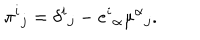
\pi ^ { i } { } _ { j } = \delta ^ { i } { } _ { j } - e ^ { i } { } _ { \alpha } \mu ^ { \alpha } { } _ { j } .